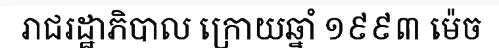
រាជរដ្ឋាភិបាល ក្រោយឆ្នាំ ១៩៩៣ ម៉េច